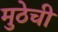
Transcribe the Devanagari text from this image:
मुठेची